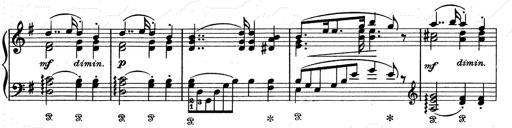
Title: Aus Lohengrin
Composer: Franz Liszt